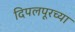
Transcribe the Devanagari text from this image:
दिपलपूरच्या